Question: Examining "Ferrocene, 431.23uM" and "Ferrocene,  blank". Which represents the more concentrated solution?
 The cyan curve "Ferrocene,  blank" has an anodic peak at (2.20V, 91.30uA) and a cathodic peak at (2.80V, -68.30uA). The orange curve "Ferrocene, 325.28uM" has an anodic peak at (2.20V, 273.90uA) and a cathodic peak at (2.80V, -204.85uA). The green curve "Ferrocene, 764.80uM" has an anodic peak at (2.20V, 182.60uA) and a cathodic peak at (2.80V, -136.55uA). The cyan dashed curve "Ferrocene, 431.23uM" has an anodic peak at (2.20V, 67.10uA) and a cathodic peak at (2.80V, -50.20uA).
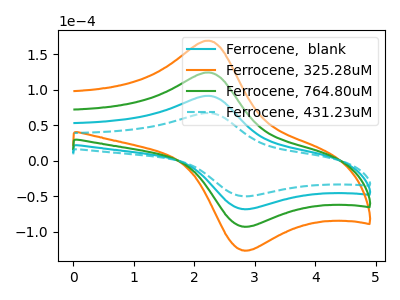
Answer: <think>All the peaks in "Ferrocene, 431.23uM" have a peak in "Ferrocene,  blank" at the same potential. Every peak in "Ferrocene, 431.23uM" is lower than every peak in "Ferrocene,  blank".
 </think>
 <answer>"Ferrocene, 431.23uM" has less signal than "Ferrocene,  blank" and so likely has a lower concentration.</answer>
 <eval>less_concentration</eval>